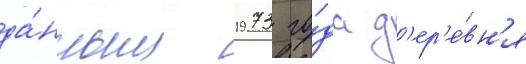
да́нным 1973 го́да д'ер'е́вн'я